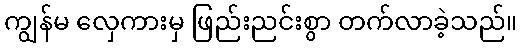
ကျွန်မ လှေကားမှ ဖြည်းညင်းစွာ တက်လာခဲ့သည်။